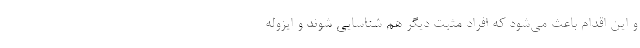
و این اقدام باعث می‌شود که افراد مثبت دیگر هم شناسایی شوند و ایزوله